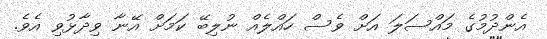
އެންދުމުގެ މައްސަލަ އަށް ވެސް ހައްލެއް ނުލިބޭ ކަމަށް އޭނާ ވިދާޅުވި އެވެ.